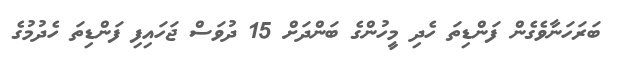
ބަރަހަނާވެގެން ފަންޑިތަ ހެދި މީހުންގެ ބަންދަށް 15 ދުވަސް ޖަހައިފި ފަންޑިތަ ހެދުމުގެ